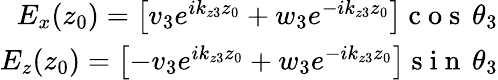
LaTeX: \begin{array}{r}{E_{x}(z_{0})=\left[v_{3}e^{ik_{z3}z_{0}}+w_{3}e^{-ik_{z3}z_{0}}\right]\mathrm{~c~o~s~}\, \theta_{3}}\\ {E_{z}(z_{0})=\left[-v_{3}e^{ik_{z3}z_{0}}+w_{3}e^{-ik_{z3}z_{0}}\right]\mathrm{~s~i~n~}\, \theta_{3}}\end{array}